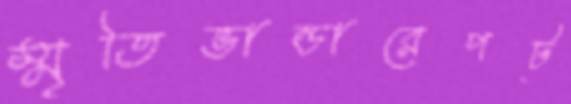
স্মৃতিভান্ডারেপট্‌